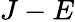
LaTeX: J-E